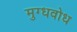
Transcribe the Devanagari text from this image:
मुग्धवोध